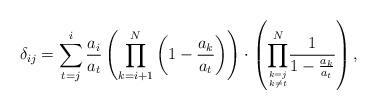
LaTeX: \begin{align*}\delta_{ij}=\sum_{t=j}^{i}\frac{a_{i}}{a_{t}}\left(\prod_{k=i+1}^{N}\left(1-\frac{a_{k}}{a_{t}}\right)\right)\cdot\left(\overset{N}{\underset{\genfrac{}{}{0pt}{}{k=j}{k\neq t}}{\prod}}\frac{1}{1-\frac{a_{k}}{a_{t}}}\right),\end{align*}